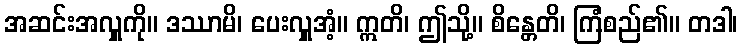
အဆင်းအလှူကို။ ဒဿာမိ၊ ပေးလှူအံ့။ ဣတိ၊ ဤသို့။ စိန္တေတိ၊ ကြံစည်၏။ တဒါ၊